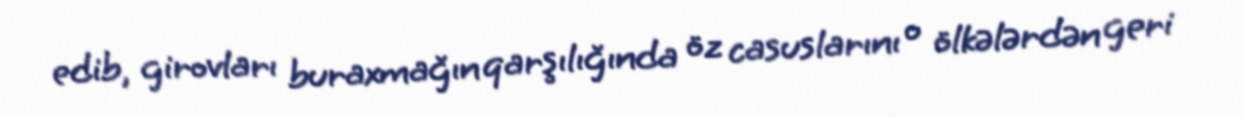
edib, girovları buraxmağın qarşılığında öz casuslarını o ölkələrdən geri